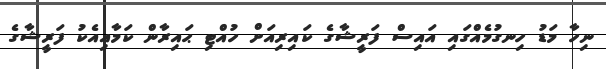
ނިހާ މަޑު ހިނގުމެއްގައި އައިސް ފަރީޝާގެ ކައިރިއަށް ހުއްޓި ޙައިރާން ކަމާއިއެކު ފަރީޝާގެ